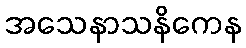
အသေနာသနိကေန